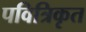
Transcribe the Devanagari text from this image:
पवित्रिकृत